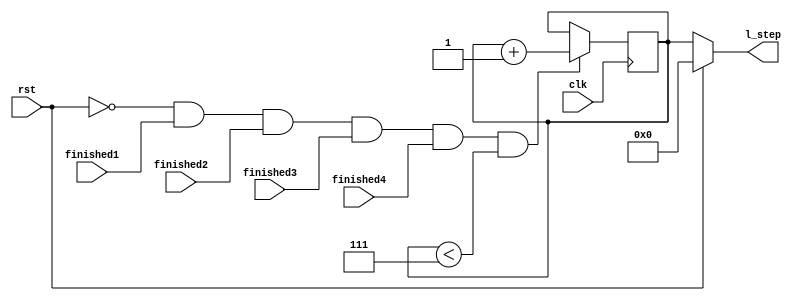
module l_step_count_quad #(parameter DATA_WIDTH = 32, max_steps = 7) ( 
	input clk,
	input finished1,
	input finished2,
	input finished3,
	input finished4,
	input rst, // a reset flag that reset all operations; after lap > max_steps, rst needs to be set high by PS to reset everything
	
	output [DATA_WIDTH-1:0] l_step //
	
	);

	reg [DATA_WIDTH-1:0] l_step_reg = 0; 
	assign l_step = (rst == 1'b0)?  l_step_reg : {(DATA_WIDTH){1'b0}};
	
	always @(posedge clk) begin // need to double check if it should be posedge or negedge
		if (rst == 1'b0 && finished1 == 1'b1 && finished2 == 1'b1 && finished3 == 1'b1 && finished4 == 1'b1 && l_step_reg < max_steps) begin
			l_step_reg = l_step_reg + 1;
		end
	end



endmodule